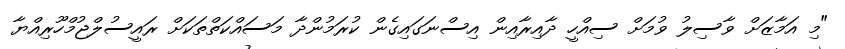
"މި އަމާޒަށް ވާސިލު ވުމަށް ސިއްހީ ދާއިރާއިން އިސްނަގައިގެން ކުރަމުންދާ މަސައްކަތްތަކަށް ރައީސުލްޖުމްހޫރިއްޔާ